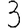
Digit: 3